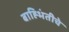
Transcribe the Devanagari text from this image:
बाह्भिंतीचे